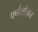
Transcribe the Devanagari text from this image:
पर्णभोजन